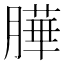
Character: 𦠜